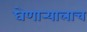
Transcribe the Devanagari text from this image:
घेणार्‍यालाच